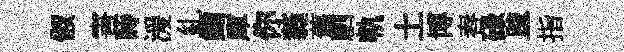
俶害蒔湲糺鋤庫你蕤舊駟軌土博舂碌踈一指